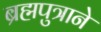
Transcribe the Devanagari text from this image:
ब्रह्मपुत्राने